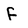
Character: F